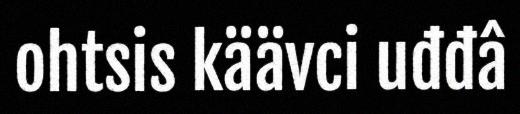
ohtsis käävci uđđâ